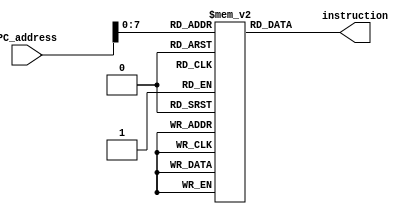



module Instruction_Memory(PC_address,instruction);

input[31:0] PC_address; //current intruction address

output[31:0] instruction; // the current intruction

reg[31:0] instruction;

reg[31:0] instruction_mem[0:255]; //instruction memory of size of 255 words 


initial 

begin 

  instruction_mem[0] <= 32'b000000_10000_10001_01000_00000_100000; //add $t0, $s0, $s1
  
  instruction_mem[4] <= 32'b000000_10010_10011_01001_00000_100010; //sub $t1, $s2, $s3

  instruction_mem[8] <= 32'b100011_00000_01001_0000000000001000; //lw $t1, 8($0)

  instruction_mem[12] <= 32'b101011_00000_01000_0000000000010000; //sw $t0, 16($0)
  
  instruction_mem[16] <= 32'b000100_01000_01001_0000000000000011; //beq $t0, $t1, 3

  instruction_mem[32] <= 32'b000000_01000_01001_01010_00000_100000; //add $t2, $t0, $t1


end


always@(*)

begin 

instruction<=instruction_mem[PC_address]; //geting the current instruction from Instruction_Memory

end


endmodule